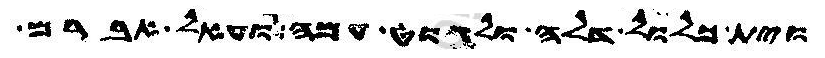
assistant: וית כלול דלה ולגוט עמה ועאל אברם